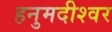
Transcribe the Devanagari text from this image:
हनुमदीश्वर